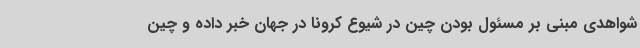
شواهدی مبنی بر مسئول بودن چین در شیوع کرونا در جهان خبر داده و چین